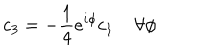
c _ { 3 } = - \frac { 1 } { 4 } e ^ { i \phi } c _ { 1 } \; \forall \phi